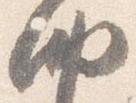
納